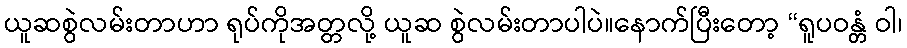
ယူဆစွဲလမ်းတာဟာ ရုပ်ကိုအတ္တလို့ ယူဆ စွဲလမ်းတာပါပဲ။နောက်ပြီးတော့ “ရူပဝန္တံ ဝါ၊